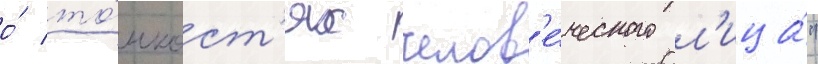
о́ то́нкост'ях челов'е́ческого л'ица́"